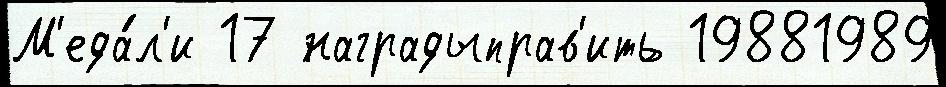
М'еда́л'и 17 наградыправ'ить 19881989